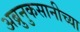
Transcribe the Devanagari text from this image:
अब्रुनुकसानीच्या